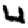
Digit: 4